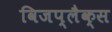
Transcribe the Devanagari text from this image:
विजप्लैक्स